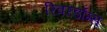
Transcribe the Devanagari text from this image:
रिवरडॉग्स